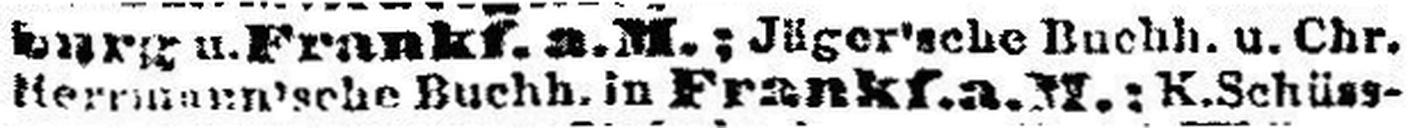
###mann'sche Buchh. in Frankf.a.M.: ###chüss¬